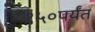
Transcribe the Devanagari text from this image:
१५०पर्यंत